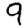
Digit: 9